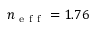
n _ { \mathrm { ~ e ~ f ~ f ~ } } = 1 . 7 6